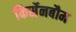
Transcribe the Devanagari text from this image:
किर्सेनबौम